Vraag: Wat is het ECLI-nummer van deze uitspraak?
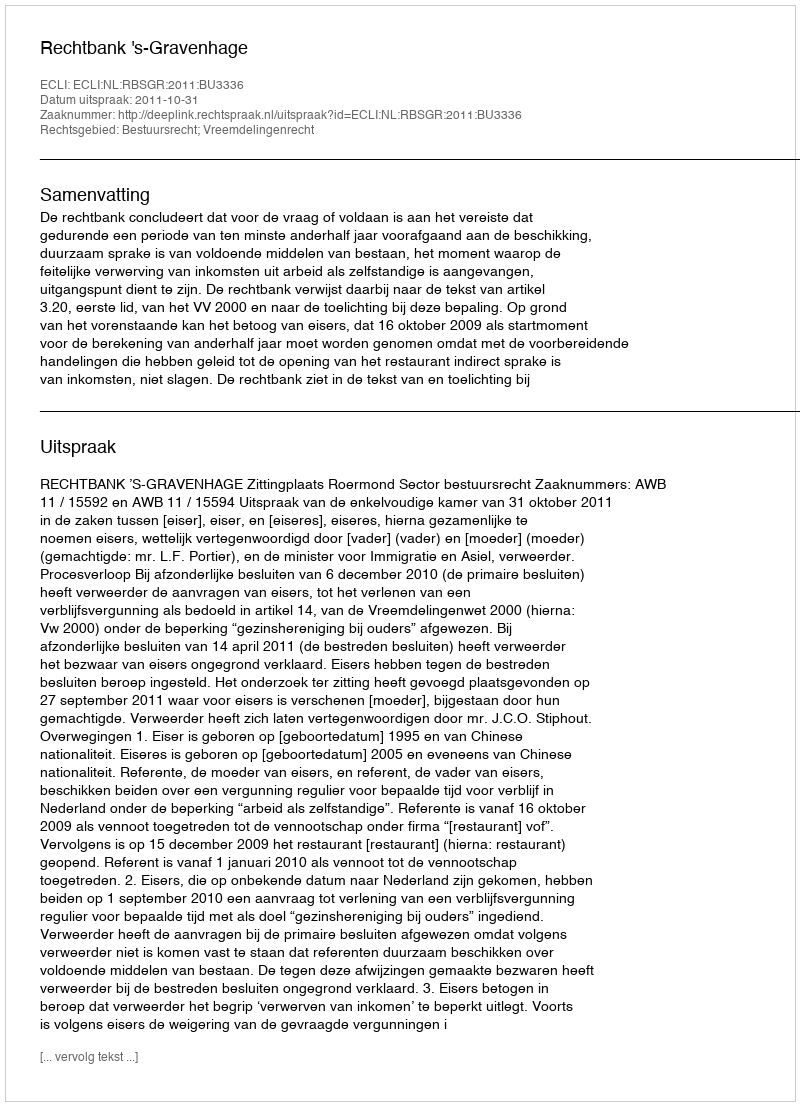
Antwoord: ECLI:NL:RBSGR:2011:BU3336